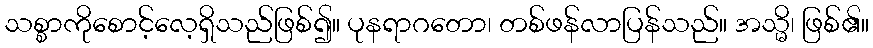
သစ္စာကိုစောင့်လေ့ရှိသည်ဖြစ်၍။ ပုနရာဂတော၊ တစ်ဖန်လာပြန်သည်။ အသ္မိ၊ ဖြစ်၏။